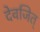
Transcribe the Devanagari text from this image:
देवजित्‌